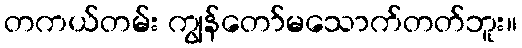
တကယ်တမ်း ကျွန်တော်မသောက်တတ်ဘူး။